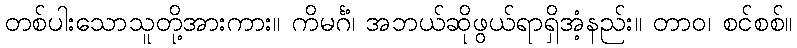
တစ်ပါးသောသူတို့အားကား။ ကိမင်္ဂံ၊ အဘယ်ဆိုဖွယ်ရာရှိအံ့နည်း။ တာဝ၊ စင်စစ်။